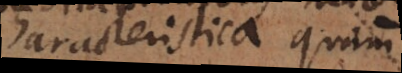
Characteristica quam